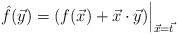
LaTeX: \begin{align*}\hat{f}(\vec{y})=(f(\vec{x})+\vec{x}\cdot\vec{y})\Big\rvert_{\vec{x}=\vec{t}}\end{align*}